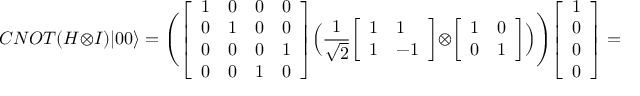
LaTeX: C N O T ( H \otimes I ) | 0 0 \rangle = { \Bigg ( } { \left[ \begin{array} { l l l l } { 1 } & { 0 } & { 0 } & { 0 } \\ { 0 } & { 1 } & { 0 } & { 0 } \\ { 0 } & { 0 } & { 0 } & { 1 } \\ { 0 } & { 0 } & { 1 } & { 0 } \end{array} \right] } { \Big ( } { \frac { 1 } { \sqrt { 2 } } } { \left[ \begin{array} { l l } { 1 } & { 1 } \\ { 1 } & { - 1 } \end{array} \right] } \otimes { \left[ \begin{array} { l l } { 1 } & { 0 } \\ { 0 } & { 1 } \end{array} \right] } { \Big ) } { \Bigg ) } { \left[ \begin{array} { l } { 1 } \\ { 0 } \\ { 0 } \\ { 0 } \end{array} \right] } = { \frac { 1 } { \sqrt { 2 } } } { \left[ \begin{array} { l } { 1 } \\ { 0 } \\ { 0 } \\ { 1 } \end{array} \right] } = { \frac { | 0 0 \rangle + | 1 1 \rangle } { \sqrt { 2 } } }